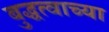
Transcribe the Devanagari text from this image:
बुद्धत्वाच्या